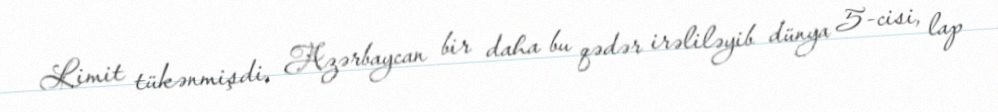
Limit tükənmişdi, Azərbaycan bir daha bu qədər irəliləyib dünya 5-cisi, lap